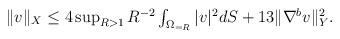
LaTeX: \begin{align*} \textstyle \|v\|_{X}\le 4\sup_{R>1} R^{-2} \int_{\Omega_{=R}}|v|^{2}dS + 13\|\nabla^{b} v\|^{2}_{Y}. \end{align*}